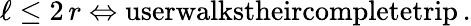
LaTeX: \ell\le 2\, r\Leftrightarrow\textnormal{userwalkstheircompletetrip}\, .